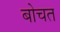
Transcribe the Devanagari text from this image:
बोचत